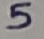
Text: 5